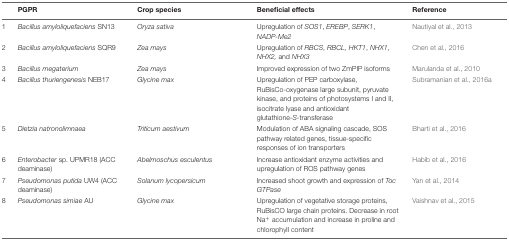
|  | PGPR | Crop species | Beneficial effects | Reference |
 | --- | --- | --- | --- | --- |
 | 1 | Bacillus amyloliquefaciens SN13 | Oryza sativa | Upregulation of SOS1, EREBP, SERK1, NADP-Me2 | Nautiyal et al., 2013 |
 | 2 | Bacillus amyloliquefaciens SQR9 | Zea mays | Upregulation of RBCS, RBCL, HKT1, NHX1, NHX2, and NHX3 | Chen et al., 2016 |
 | 3 | Bacillus megaterium | Zea mays | Improved expression of two ZmPIP isoforms | Marulanda et al., 2010 |
 | 4 | Bacillus thuriengenesis NEB17 | Glycine max | Upregulation of PEP carboxylase, RuBisCo-oxygenase large subunit, pyruvate kinase, and proteins of photosystems I and II, isocitrate lyase and antioxidant glutathione-S-transferase | Subramanian et al., 2016a |
 | 5 | Dietzia natronolimnaea | Triticum aestivum | Modulation of ABA signaling cascade, SOS pathway related genes, tissue-specific responses of ion transporters | Bharti et al., 2016 |
 | 6 | Enterobacter sp. UPMR18 (ACC deaminase) | Abelmoschus esculentus | Increase antioxidant enzyme activities and upregulation of ROS pathway genes | Habib et al., 2016 |
 | 7 | Pseudomonas putida UW4 (ACC deaminase) | Solanum lycopersicum | Increased shoot growth and expression of Toc GTPase | Yan et al., 2014 |
 | 8 | Pseudomonas simiae AU | Glycine max | Upregulation of vegetative storage proteins, RuBisCO large chain proteins. Decrease in root Na+ accumulation and increase in proline and chlorophyll content | Vaishnav et al., 2015 |